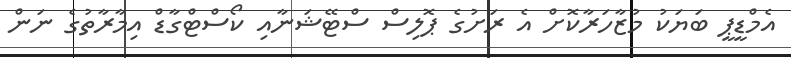
އެމްޑީޕީ ބަޔަކު މުޒާހަރާކޮށް އެ ރަށުގެ ޕޮލިސް ސްޓޭޝަނާއި ކޯސްޓްގާޑް އިމާރާތުގެ ނަން